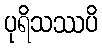
ပုရိသဿပိ